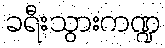
ခရီးသွားကဏ္ဍ